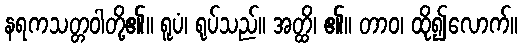
နရကသတ္တဝါတို့၏။ ရူပံ၊ ရုပ်သည်။ အတ္ထိ၊ ၏။ တာဝ၊ ထို၍လောက်။